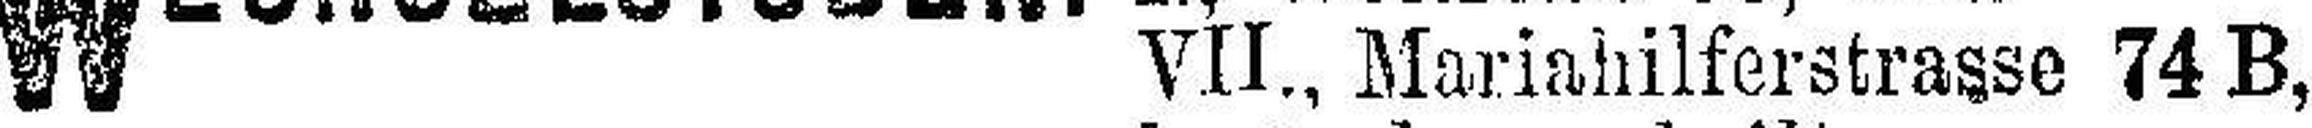
VII., Mariahilferstrasse 74 B,